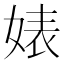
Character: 婊